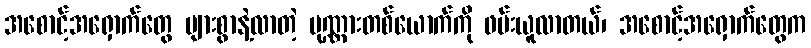
အစောင့်အရှောက်တွေ များစွာနဲ့လာတဲ့ ပုဏ္ဏားတစ်ယောက်ကို ဖမ်းယူလာတယ်၊ အစောင့်အရှောက်တွေက